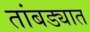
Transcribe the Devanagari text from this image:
तांबड्यात